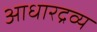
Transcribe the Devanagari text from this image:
आधारद्रव्य